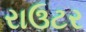
રાઉટર